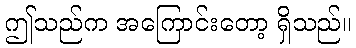
ဤသည်က အကြောင်းတော့ ရှိသည်။